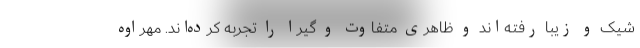
شیک و زیبا رفته‌اند و ظاهری متفاوت و گیرا را تجربه کرده‌اند. مهراوه